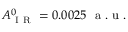
A _ { \mathrm { ~ I ~ R ~ } } ^ { 0 } = 0 . 0 0 2 5 ~ \mathrm { ~ a ~ . ~ u ~ . ~ }